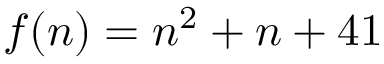
f ( n ) = n ^ { 2 } + n + 4 1